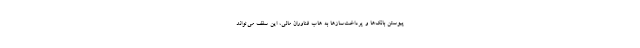
پیوستن بانک‌ها و پرداخت‌سازها به هاب فناوران مالی، این سقف می‌تواند